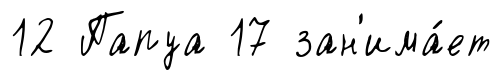
12 Папуа 17 зан'има́ет